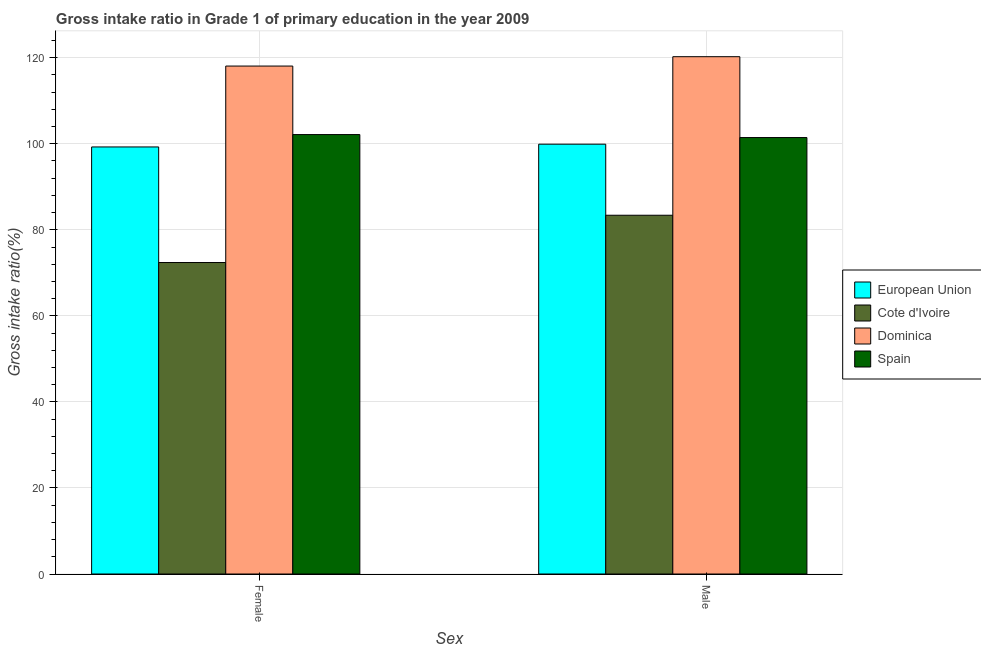
| Sex | European Union | Cote d'Ivoire | Dominica | Spain |
 | --- | --- | --- | --- | --- |
 | Female | 99.3 | 72.4 | 118 | 102 |
 | Male | 99.9 | 83.4 | 120 | 101 |